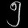
Digit: ၅